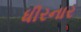
ધીરનાર